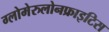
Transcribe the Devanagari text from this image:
ग्लोमेरुलोनफ्राइटिस